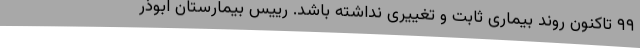
۹۹ تاکنون روند بیماری ثابت و تغییری نداشته باشد. رییس بیمارستان ابوذر